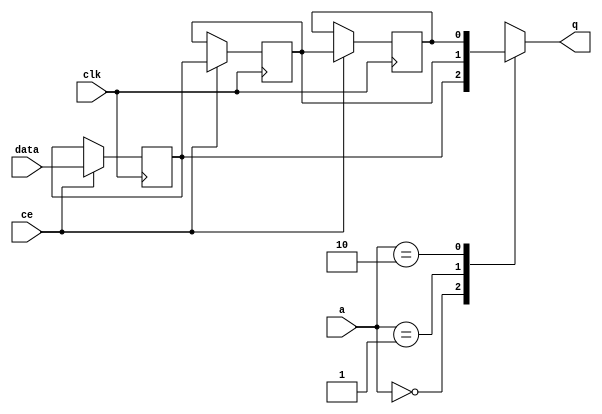
// ==============================================================
// File generated on Fri Apr 26 14:37:05 UTC 2019
// Vivado(TM) HLS - High-Level Synthesis from C, C++ and SystemC v2018.3.op (64-bit)
// SW Build 2405991 on Thu Dec  6 23:36:41 MST 2018
// IP Build 2404404 on Fri Dec  7 01:43:56 MST 2018
// Copyright 1986-2018 Xilinx, Inc. All Rights Reserved.
// ==============================================================

`timescale 1 ns / 1 ps

module gZip_cu_start_for_merger_U0_shiftReg (
    clk,
    data,
    ce,
    a,
    q);

parameter DATA_WIDTH = 32'd1;
parameter ADDR_WIDTH = 32'd2;
parameter DEPTH = 3'd3;

input clk;
input [DATA_WIDTH-1:0] data;
input ce;
input [ADDR_WIDTH-1:0] a;
output [DATA_WIDTH-1:0] q;

reg[DATA_WIDTH-1:0] SRL_SIG [0:DEPTH-1];
integer i;

always @ (posedge clk)
    begin
        if (ce)
        begin
            for (i=0;i<DEPTH-1;i=i+1)
                SRL_SIG[i+1] <= SRL_SIG[i];
            SRL_SIG[0] <= data;
        end
    end

assign q = SRL_SIG[a];

endmodule

module gZip_cu_start_for_merger_U0 (
    clk,
    reset,
    if_empty_n,
    if_read_ce,
    if_read,
    if_dout,
    if_full_n,
    if_write_ce,
    if_write,
    if_din);

parameter MEM_STYLE   = "shiftreg";
parameter DATA_WIDTH  = 32'd1;
parameter ADDR_WIDTH  = 32'd2;
parameter DEPTH       = 3'd3;

input clk;
input reset;
output if_empty_n;
input if_read_ce;
input if_read;
output[DATA_WIDTH - 1:0] if_dout;
output if_full_n;
input if_write_ce;
input if_write;
input[DATA_WIDTH - 1:0] if_din;

wire[ADDR_WIDTH - 1:0] shiftReg_addr ;
wire[DATA_WIDTH - 1:0] shiftReg_data, shiftReg_q;
wire                     shiftReg_ce;
reg[ADDR_WIDTH:0] mOutPtr = ~{(ADDR_WIDTH+1){1'b0}};
reg internal_empty_n = 0, internal_full_n = 1;

assign if_empty_n = internal_empty_n;
assign if_full_n = internal_full_n;
assign shiftReg_data = if_din;
assign if_dout = shiftReg_q;

always @ (posedge clk) begin
    if (reset == 1'b1)
    begin
        mOutPtr <= ~{ADDR_WIDTH+1{1'b0}};
        internal_empty_n <= 1'b0;
        internal_full_n <= 1'b1;
    end
    else begin
        if (((if_read & if_read_ce) == 1 & internal_empty_n == 1) && 
            ((if_write & if_write_ce) == 0 | internal_full_n == 0))
        begin
            mOutPtr <= mOutPtr - 3'd1;
            if (mOutPtr == 3'd0)
                internal_empty_n <= 1'b0;
            internal_full_n <= 1'b1;
        end 
        else if (((if_read & if_read_ce) == 0 | internal_empty_n == 0) && 
            ((if_write & if_write_ce) == 1 & internal_full_n == 1))
        begin
            mOutPtr <= mOutPtr + 3'd1;
            internal_empty_n <= 1'b1;
            if (mOutPtr == DEPTH - 3'd2)
                internal_full_n <= 1'b0;
        end 
    end
end

assign shiftReg_addr = mOutPtr[ADDR_WIDTH] == 1'b0 ? mOutPtr[ADDR_WIDTH-1:0]:{ADDR_WIDTH{1'b0}};
assign shiftReg_ce = (if_write & if_write_ce) & internal_full_n;

gZip_cu_start_for_merger_U0_shiftReg 
#(
    .DATA_WIDTH(DATA_WIDTH),
    .ADDR_WIDTH(ADDR_WIDTH),
    .DEPTH(DEPTH))
U_gZip_cu_start_for_merger_U0_ram (
    .clk(clk),
    .data(shiftReg_data),
    .ce(shiftReg_ce),
    .a(shiftReg_addr),
    .q(shiftReg_q));

endmodule